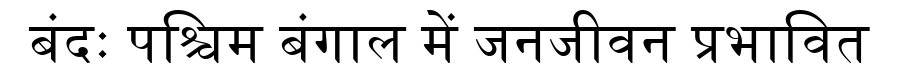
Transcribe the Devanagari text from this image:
बंदः पश्चिम बंगाल में जनजीवन प्रभावित